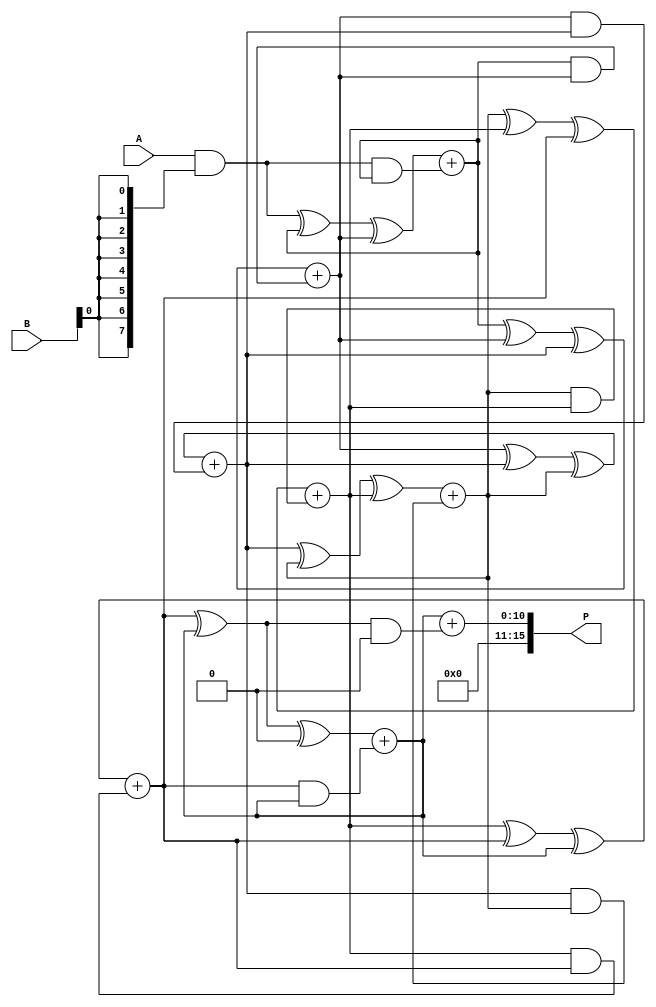
module wallace_tree_multiplier #(parameter N = 8) (
    input  wire [N-1:0] A,
    input  wire [N-1:0] B,
    output wire [2*N-1:0] P
);

    // Partial product generation
    wire [N-1:0] pp [0:N-1]; // Partial products
    genvar i, j;
    generate
        for (i = 0; i < N; i = i + 1) begin : pp_gen
            assign pp[i] = A & {N{B[i]}};
        end
    endgenerate

    // Wallace tree reduction
    wire [N+1:0] sum [0:N-1]; // Sums at each level
    wire [N+1:0] carry [0:N-1]; // Carries at each level

    // Initial stage: first level of partial products
    assign sum[0] = {1'b0, pp[0]};
    assign carry[0] = {1'b0, 1'b0};

    // Wallace tree reduction stages
    genvar stage;
    generate
        for (stage = 0; stage < N-1; stage = stage + 1) begin : reduction
            wire [N+1:0] a, b, c;
            assign a = sum[stage];
            assign b = (stage + 1 < N) ? sum[stage + 1] : 0;
            assign c = (stage + 2 < N) ? sum[stage + 2] : 0;

            // Full adders and half adders
            wire [N+1:0] fa_sum, fa_carry;
            wire [N+1:0] ha_sum, ha_carry;

            // Half adder for first two inputs
            assign ha_sum = a ^ b;
            assign ha_carry = a & b;

            // Full adder for the third input
            assign fa_sum = ha_sum ^ c;
            assign fa_carry = ha_sum & c;

            // Carry propagation
            assign sum[stage + 1] = {1'b0, fa_sum} + {1'b0, ha_carry};
            assign carry[stage + 1] = {1'b0, fa_carry};
        end
    endgenerate

    // Final addition stage
    wire [2*N-1:0] final_sum;
    wire [2*N-1:0] final_carry;

    assign final_sum = {1'b0, sum[N-1]} + {1'b0, carry[N-1]};

    // Output assignment
    assign P = final_sum;

endmodule